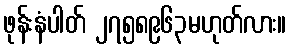
ဖုန်းနံပါတ် ၂၇၅၈၉၆၃မဟုတ်လား။